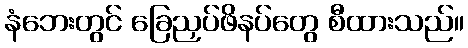
နံဘေးတွင် ခြေညှပ်ဖိနပ်တွေ စီထားသည်။